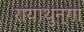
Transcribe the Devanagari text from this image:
रायाथुन्गा